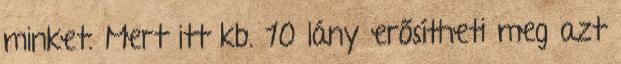
minket. Mert itt kb. 10 lány erősítheti meg azt